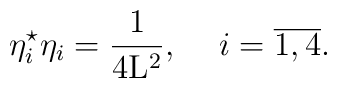
{\eta}_i^{\star} {\eta}_i = \frac{1}{4{\rm L}^2} ,\hspace{5 mm} i=\overline{1,4}.